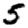
Digit: 5